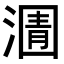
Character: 𭱿